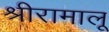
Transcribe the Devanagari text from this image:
श्रीरामालू